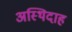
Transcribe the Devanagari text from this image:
अस्थिदाह